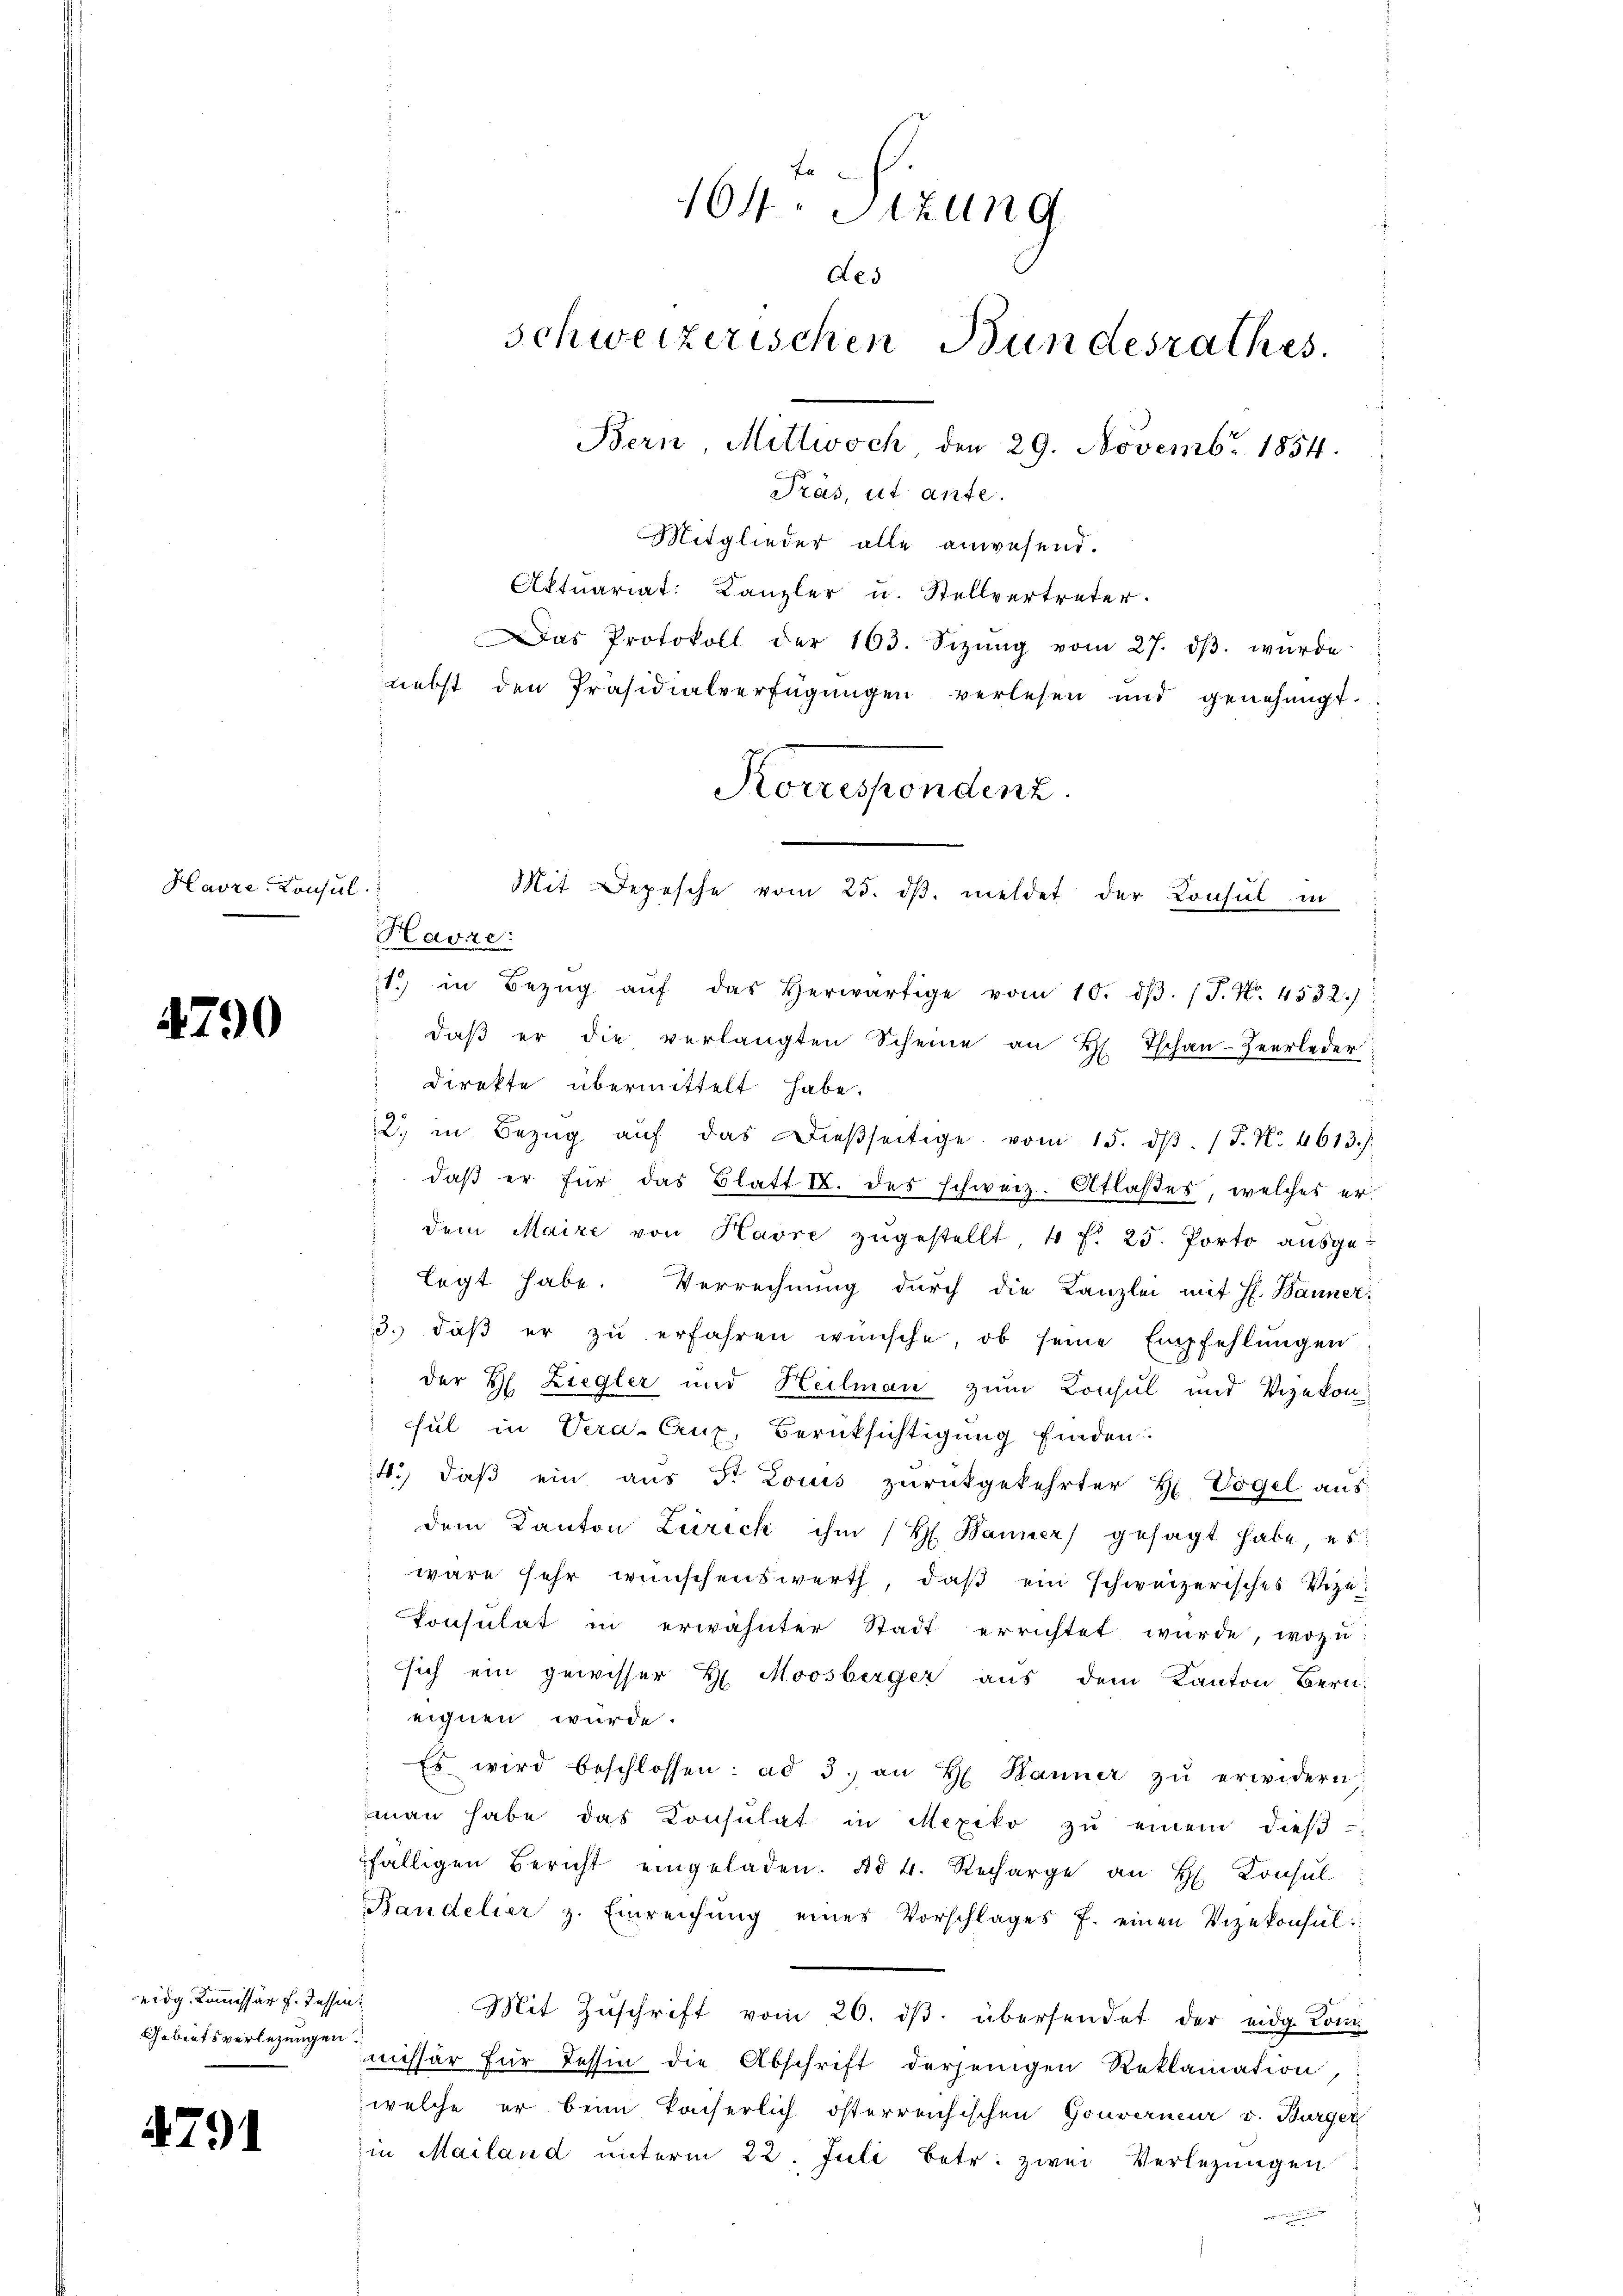
Havre Konst

4790

eidg. Kommissär f. dessen
Gebietsverlegungen.

4791

e
164. Stzung
des
schweizerischen Bundesrathes
Bern Mittwoch den 29. Novembr. 1854.
Pras, ut ante.

Korrespondenz.
l.
Mit Depesche vom 25. ds. meldet der Consul in
Havre:
1) in Bezŭg aŭf das herwärtige vom 10. dβ. P. Nr. 4532.)

Mitglieder alle anwesend.
Aktuariat: Kanzler u. Stellvertreter.
Das Protokoll der 163. Sizŭng vom 27. dβ. wŭrde
nebst den Präsidialverfügŭngen verlesen und genehmigt.
daβ er die verlangten Scheine an H. Tschan-Heerleder
Direkte übermittelt habe.
2. in Bezŭg aŭf das dieβseitige vom 15. dβ. J. N. 4613.)
daß er für das Blatt I. des schweiz. Atlaßes, welches erdem Maire von Havre zŭgestellt, 4 f. 25. Porto aŭsge-
legt habe. Verrechnung durch die Kanzlei mit H. Bänner
3. daβ er zŭ erfahren wünsche, ob seine Empfehlŭngen
der H. Ziegler und Heilman zum Consul und Vizekon
sul in Vera. Cruz, Berücksichtigung finden.
4. daβ ein aŭs der Louis zŭrückgekehrter H. Vogel aŭs-
dem Kanton Zürich ihm (H. Bauer gesagt habe es
 wäre sehr wünschenswerth, daß ein schweizerisches Vize-
Consulat in erwähnter Stadt errichtet wurde, wozu
ssich ein gewisser H. Moosberger aŭs dem Kanton Bern-
 eignen wurde.
Es wird beschlossen: ad 3. an H. Hanner zŭ erwidern
man habe das Konsulat in Mexiko zŭ einem dieβ-
fälligen Bericht eingeladen. ad 4. Recharge an H. Consul
Bandelier z. Einreichŭng eines Vorschlages J. einen Vizekonsul
Mit Zŭschrift vom 20. dβ. übersendet der eidg. Kom-
missär für Tessin die Abschrift derjenigen Reklamation,
welche er beim Kaiserlich österreichischen Gouverneur v. Bürger
in Mailand unterm 22. Juli betr. zwei Verlegungen